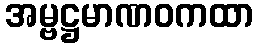
အမ္ဗဋ္ဌမာဏဝကထာ